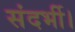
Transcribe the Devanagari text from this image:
संदर्भी।